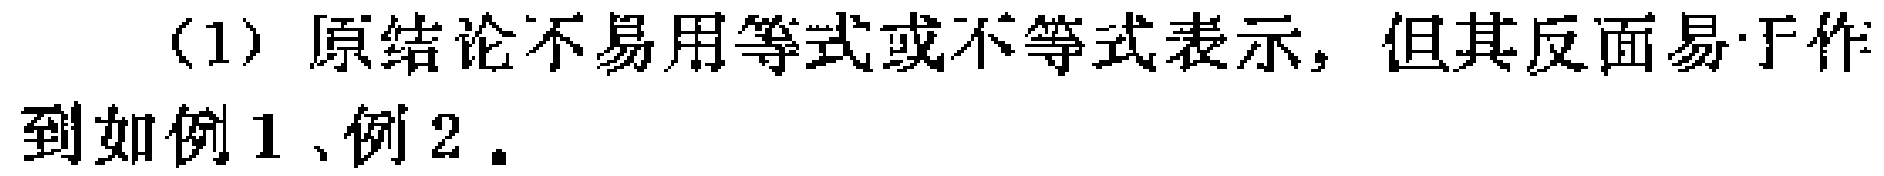
（1）原结论不易用等式或不等式表示，但其反面易于作到如例 1、例 2．